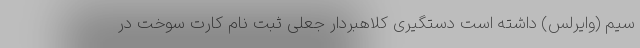
سیم (وایرلس) داشته است دستگیری کلاهبردار جعلی ثبت نام کارت سوخت در